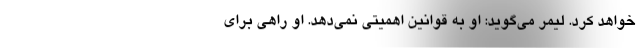
خواهد کرد. لیمر می‌گوید: او به قوانین اهمیتی نمی‌دهد. او راهی برای